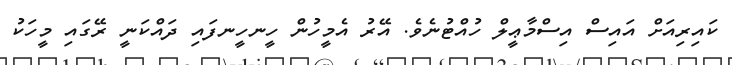
ކައިރިއަށް އައިސް އިސްމާޢީލް ހުއްޓުނެވެ. އޭރު އެމީހުން ހީނހީނފައި ދައްކަނީ ރޭގައި މީހަކު